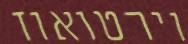
וירטואוז